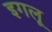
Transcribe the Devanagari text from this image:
इगलू